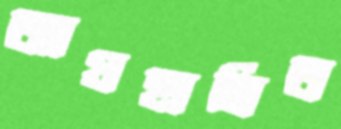
আগ্রহান্বিত